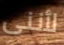
لأننى